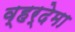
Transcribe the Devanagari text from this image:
व्हर्देमा